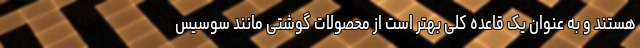
هستند و به عنوان یک قاعده کلی بهتر است از محصولات گوشتی مانند سوسیس